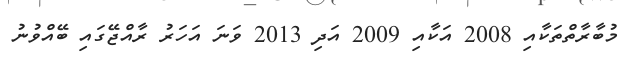
މުބާރާތްތަކާއި 2008 އަކާއި 2009 އަދި 2013 ވަނަ އަހަރު ރާއްޖޭގައި ބޭއްވުނު